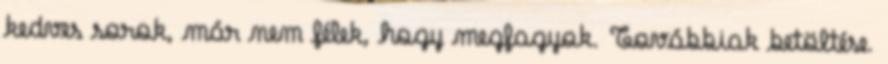
kedves sorok, már nem félek, hogy megfagyok. Továbbiak betöltése.